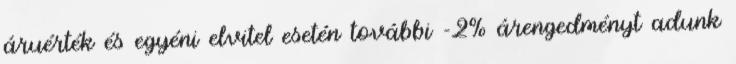
áruérték és egyéni elvitel esetén további -2% árengedményt adunk